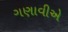
ગણાવીએ